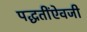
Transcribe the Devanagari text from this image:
पद्धतींऐवजी